Leaving Certificate, 1900
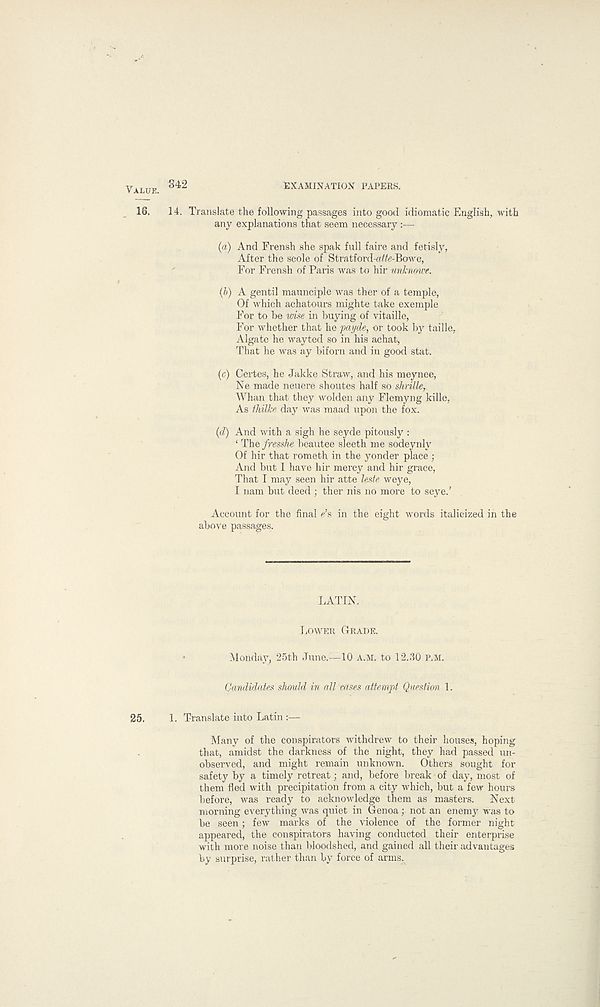
342
EXAMINATION PAPERS.
14. Translate the following passages into good idiomatic English, with
any explanations that seem necessary:—
(a) And Frensh she spak full faire and fetisly,
After the scole of Stratford-aife-Bowe,
For Frensh of Paris was to hir unknowt.
(b) A gentil maunciple was ther of a temple,
Of which achatours mighte take exemple
For to T>e wise in buying of vitaille,
For whether that he payde, or took by taille,
Algate he wayted so in his achat,
That he was ay biforn and in good stat.
(c) Certes, he Jakke Straw, and his meynee,
Ne made neuere shoutes half so simile,
Whan that they wolden any Flemyng kille,
As thilke day was maad upon the fox.
(d) And with a sigh he seyde pitously :
‘ The fresshe beautee sleeth me sodeynly
Of hir that rometh in the yonder place ;
And but I have hir mercy and hir grace,
That I may seen hir atte leste weye,
I nam but deed ; ther nis no more to seye.’
Account for the final «’s in the eight words italicized in the
above passages.
LATIN.
LOWER GRADE.
Monday, 25th June.-—10 A.M. to 12.30 P.M.
Candidates should in all'cases attempt Question 1.
1. Translate into Latin :—
Many of the conspirators withdrew to their houses, hoping
that, amidst the darkness of the night, they had passed un-
observed, and might remain unknown.
Others sought for
safety by a timely retreat; and, before break of day, most of
them fled with precipitation from a city which, but a few hours
before, was ready to acknowledge them as masters.
Next
morning everything was quiet in Genoa; not an enemy was to
be seen; few marks of the violence of the former night
appeared, the conspirators having conducted their enterprise
with more noise than bloodshed, and gained all their advantages
by surprise, rather than by force of arms.